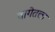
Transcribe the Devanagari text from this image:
बागेतला